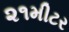
૨૧મીટર